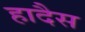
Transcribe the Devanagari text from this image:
हादैस